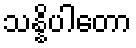
သန္နိပါတော